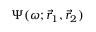
\Psi ( \omega ; \vec { r } _ { 1 } , \vec { r } _ { 2 } )